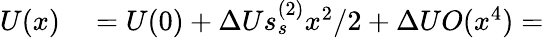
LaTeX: \begin{array}{rl}{U(x)}&{{}=U(0)+\Delta Us_{s}^{(2)}x^{2}/2+\Delta UO(x^{4})=}\end{array}